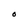
Character: O